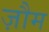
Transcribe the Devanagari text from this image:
ज़ौम